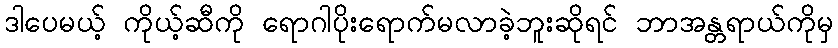
ဒါပေမယ့် ကိုယ့်ဆီကို ရောဂါပိုးရောက်မလာခဲ့ဘူးဆိုရင် ဘာအန္တရာယ်ကိုမှ